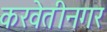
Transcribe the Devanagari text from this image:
करवेतीनगर